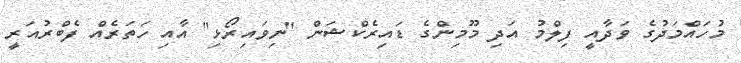
މުހައްމަދުގެ ވަދާއީ ފިލްމު އަދި މޫމިންގެ ޑައިރެކްޝަން "ނިވައިރޯޅި" އާއި ހަތަރެއް ފެބްރުއަރީ